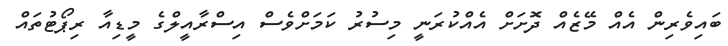
ބައިވެރިން އެއް މޭޒެއް ދޮށަށް އެއްކުރަނީ މިސުރު ކަމަށްވެސް އިސްރާއީލްގެ މީޑިއާ ރިޕޯޓުތައް